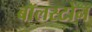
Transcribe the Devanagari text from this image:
बॉलस्टोन